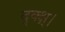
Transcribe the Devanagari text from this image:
द्क्क्ष्।